画像に写った文字を読んでください
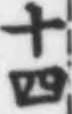
「十四」と書いてあります